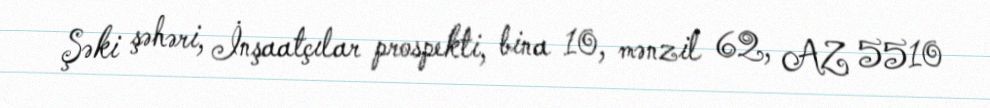
Şəki şəhəri, İnşaatçılar prospekti, bina 10, mənzil 62, AZ 5510